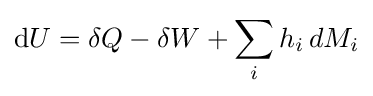
\mathrm {d} U=\delta Q-\delta W+\sum _{i}h_{i}\,dM_{i}